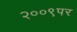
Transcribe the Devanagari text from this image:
२००९पर